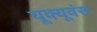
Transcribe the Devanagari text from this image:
यूक्यूवंस